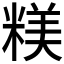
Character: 𥻙